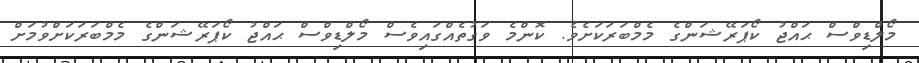
މޯލްޑިވްސް ޙައްޖު ކޯޕަރޭޝަންގެ މެމްބަރަކަށެވެ. ކޮންމެ ވަގުތެއްގައިވެސް މޯލްޑިވްސް ޙައްޖު ކޯޕަރޭޝަންގެ މެމްބަރަކަށްވުމަށް